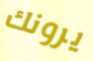
يرونك